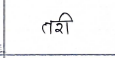
मजकूर: तरी